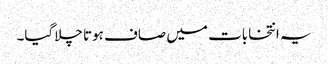
یہ انتخابات میں صاف ہوتا چلاگیا۔